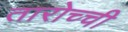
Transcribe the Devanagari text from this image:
तारोच्ची